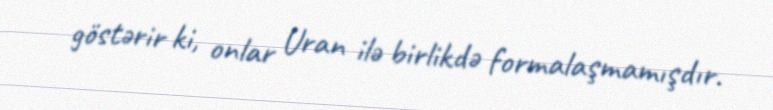
göstərir ki, onlar Uran ilə birlikdə formalaşmamışdır.